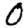
Digit: 0